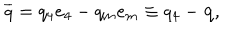
\overline { { { q } } } = q _ { 4 } e _ { 4 } - q _ { m } e _ { m } \equiv q _ { 4 } - \mathbf { q } ,